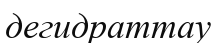
дегидраттау